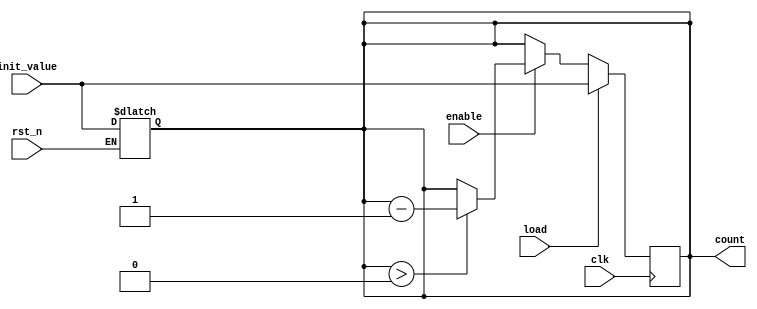
module MemoryBlocksDownCounter #(
    parameter WIDTH = 8  // Width of the counter (number of bits)
)(
    input wire clk,            // Clock input
    input wire rst_n,         // Active-low asynchronous reset
    input wire enable,        // Enable signal for counting
    input wire load,          // Signal to load new initial value
    input wire [WIDTH-1:0] init_value, // Initial value to load
    output reg [WIDTH-1:0] count // Current count output
);

// Memory Block - Register to hold current count value
reg [WIDTH-1:0] mem_block;

// Asynchronous reset logic
always @(*) begin
    if (!rst_n) begin
        mem_block = init_value; // Load initial value on reset
    end
end

// Synchronous counting logic
always @(posedge clk) begin
    if (load) begin
        mem_block <= init_value; // Load new initial value
    end else if (enable) begin
        if (mem_block > 0) begin
            mem_block <= mem_block - 1; // Decrement count
        end
        // If count is 0, it will remain at 0
    end
end

// Output assignment
always @(*) begin
    count = mem_block; // Output current count value
end

endmodule